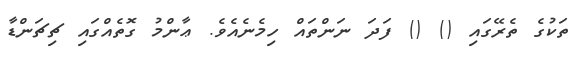
ތަކުގެ ތެރޭގައި () () ފަދަ ނަންތައް ހިމެނެއެވެ. ޢާންމު ގޮތެއްގައި ޗިޗަންޑާ